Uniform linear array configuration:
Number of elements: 8
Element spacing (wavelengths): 0.5
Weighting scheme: binomial
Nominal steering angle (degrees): -45
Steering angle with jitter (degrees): -44.142
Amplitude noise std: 0.05
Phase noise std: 0.05

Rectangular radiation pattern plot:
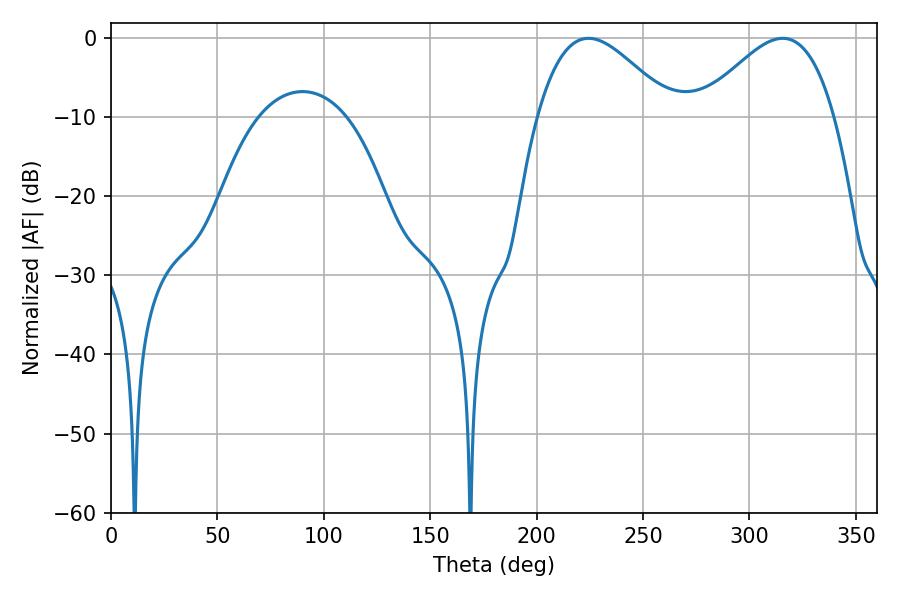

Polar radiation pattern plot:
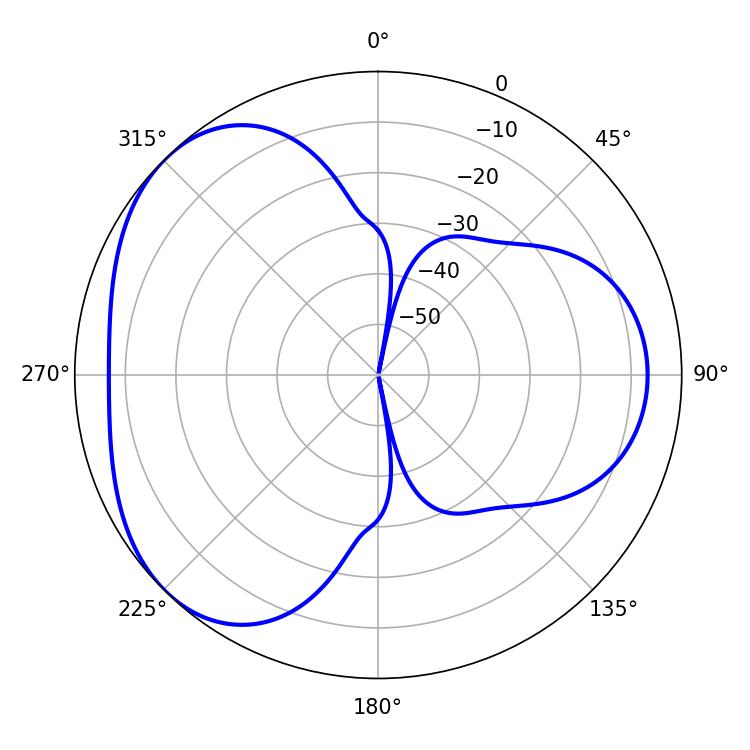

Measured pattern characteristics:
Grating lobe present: FALSE
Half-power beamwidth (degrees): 34.02
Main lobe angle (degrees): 224.28